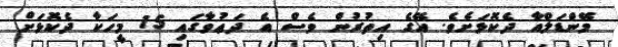
މޭންޑަލްއާ ދެކޮޅަށެވެ. އޭގެ އިތުރުން ވެސް އެ ދަޢުވާގައި 15 މީހަކާ ދެކޮޅަށް